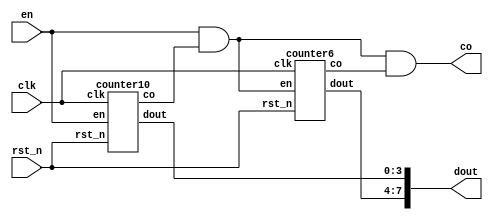
`timescale 1ns / 1ps
//////////////////////////////////////////////////////////////////////////////////
// Company: 
// Engineer: 
// 
// Design Name: 
// Module Name: counter60
// Project Name: 
// Target Devices: 
// Tool Versions: 
// Description: 
// 
// Dependencies: 
// 
// Revision:
// Revision 0.01 - File Created
// Additional Comments:
// 
//////////////////////////////////////////////////////////////////////////////////



module counter60(clk, rst_n, en, dout, co);
 
input clk, rst_n, en;
output[7:0] dout;
output co;
wire co10_1, co10, co6;
wire[3:0] dout10, dout6;
 
counter10 u1(.clk(clk), .rst_n(rst_n), .en(en), .dout(dout10), .co(co10_1)); 
and u3(co10,en,co10_1); 
counter6 u2(.clk(clk), .rst_n(rst_n), .en(co10), .dout(dout6), .co(co6)); 
and u4(co, co10, co6); 
 
assign dout = {dout6,dout10}; 
endmodule
 

module counter6(clk, rst_n, en, dout, co);
 
input clk, rst_n, en;
output[3:0] dout;
reg [3:0] dout;
output co;
 
always@(posedge clk or negedge rst_n)
begin
	if(!rst_n)
		dout <= 4'b0000;       

	else if(en)
		if(dout == 4'b0101)     
			dout <= 4'b0000;
		else
			dout <= dout + 1'b1; 
	else
		dout <= dout;
 
end
 
assign co = dout[0]&dout[2];  
 
endmodule
 
 

module counter10(clk, rst_n, en, dout, co);
 
input clk, rst_n, en;
output[3:0] dout;
reg [3:0] dout;
output co;
 
always@(posedge clk or negedge rst_n)
begin
	if(!rst_n)
		dout <= 4'b0000;        

	else if(en)
		if(dout == 4'b1001)     
			dout <= 4'b0000;
		else
			dout <= dout + 1'b1; 
	else
		dout <= dout;
 
end
 
assign co = dout[0]&dout[3];  
 
endmodule